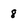
Character: 8